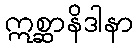
ဣစ္ဆာနိဒါနာ